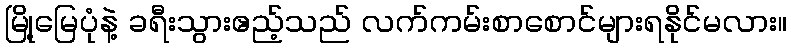
မြို့မြေပုံနဲ့ ခရီးသွားဧည့်သည် လက်ကမ်းစာစောင်များရနိုင်မလား။